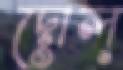
দোল্‌